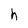
Character: h